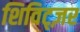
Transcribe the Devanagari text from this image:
शिविट्ज़र